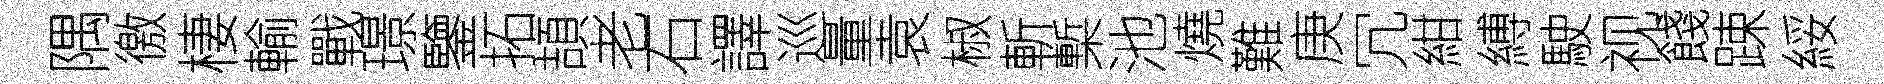
隅徼棲輸戰璟鑒拓頡老石譯巡量袁椒斬槧池燒難庚冗紺縛駛视餞踈綏